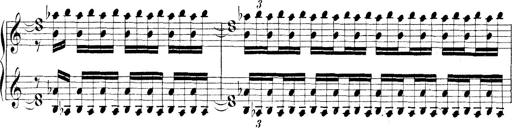
Title: Technische Studien
Composer: Franz Liszt